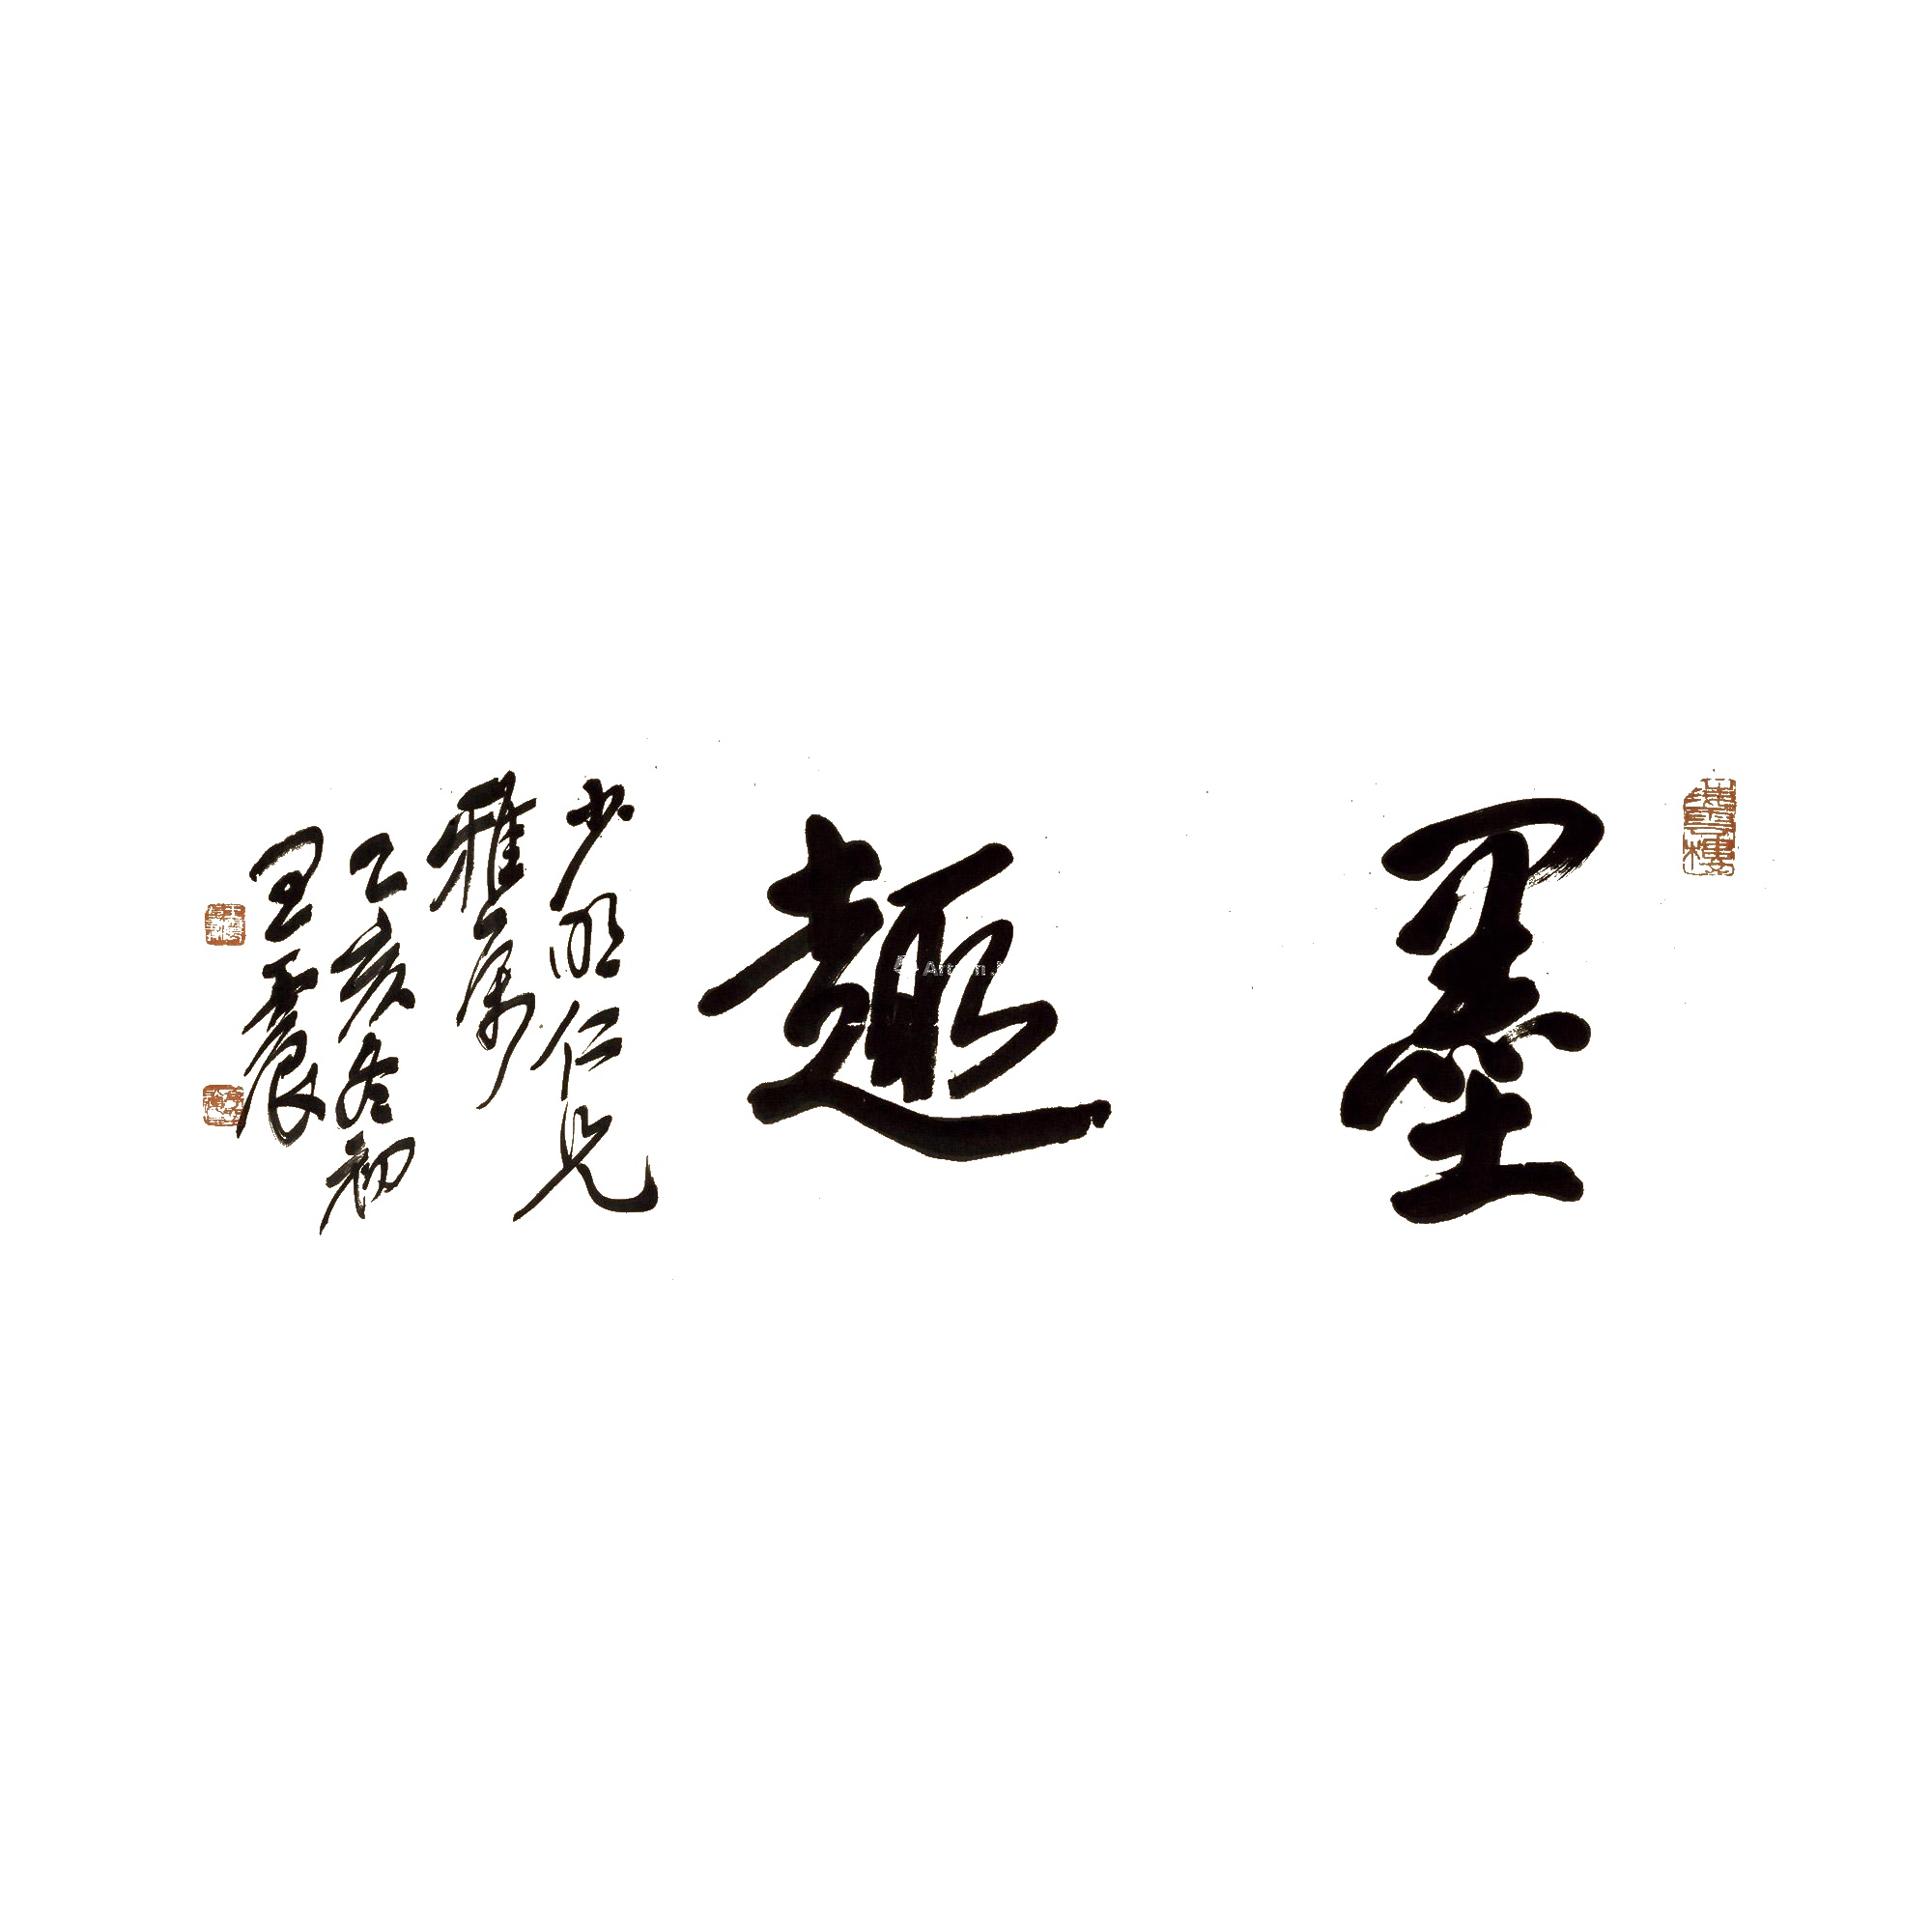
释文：墨趣。少明仁兄雅属，乙亥（1935年）冬初，王震。